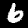
Digit: 6